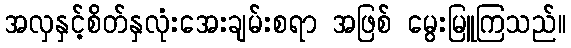
အလှနှင့်စိတ်နှလုံးအေးချမ်းစရာ အဖြစ် မွေးမြူကြသည်။